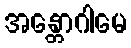
အန္တောဂါမေ